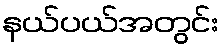
နယ်ပယ်အတွင်း